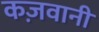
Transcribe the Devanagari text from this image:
कज़वानी